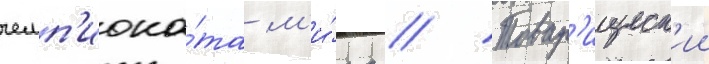
чемп'иона́та м'и́ра // Товар'ищеск'ии